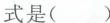
式是( )